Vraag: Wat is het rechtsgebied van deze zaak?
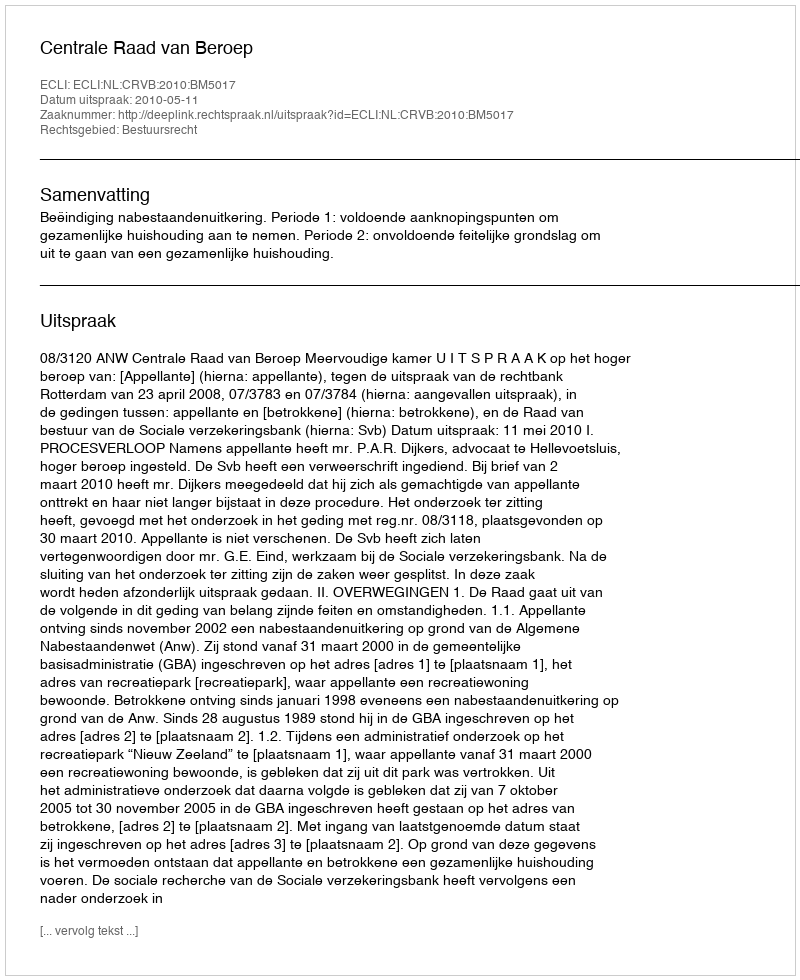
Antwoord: Bestuursrecht